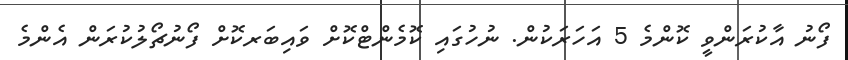
ފޯނު އާކުރަންވީ ކޮންމެ 5 އަހަރަކުން. ނުހުގައި ކޮމެންޓްކޮށް ވައިބަރކޮށް ފޯނުޗޯލުކުރަން އެންމެ